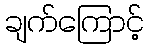
ချက်ကြောင့်